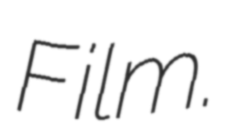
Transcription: Film.